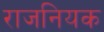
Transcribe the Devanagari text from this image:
राजनियक